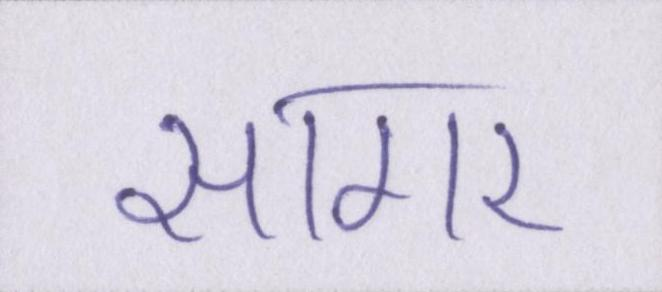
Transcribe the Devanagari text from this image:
सागर